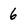
Character: 6